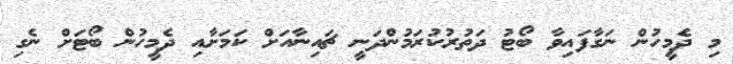
މި ދެމީހުން ނަގާފައިވާ ބޯޓު ދަތުރުކުރަމުންދަނީ ޗައިނާއަށް ކަމަށާއި ދެމީހުން ބޯޓަށް ނެގި